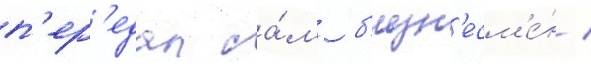
п'ер'едал са́м б'изн'есм'е́н /